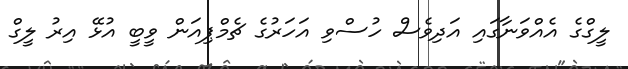
ލީގްގެ އެއްވަނާގައި އަދިވެސް ހުސްވި އަހަރުގެ ޗެމްޕިއަން ވީބީ އުޅޭ އިރު ލީގް